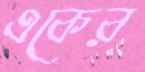
একের